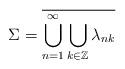
LaTeX: \begin{align*}\Sigma = \overline {\bigcup\limits_{n = 1}^\infty {\bigcup\limits_{k \in \mathbb{Z}}^{} {{\lambda _{nk}}} } }\end{align*}